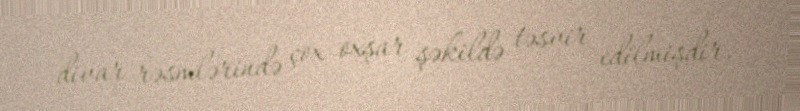
divar rəsmlərində çox oxşar şəkildə təsvir edilmişdir.